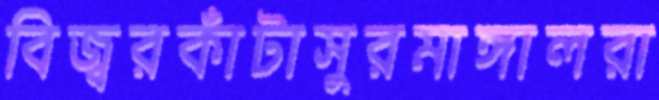
বিজ্বরকাঁটাসুরমাঙ্গালরা